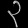
Digit: ၃